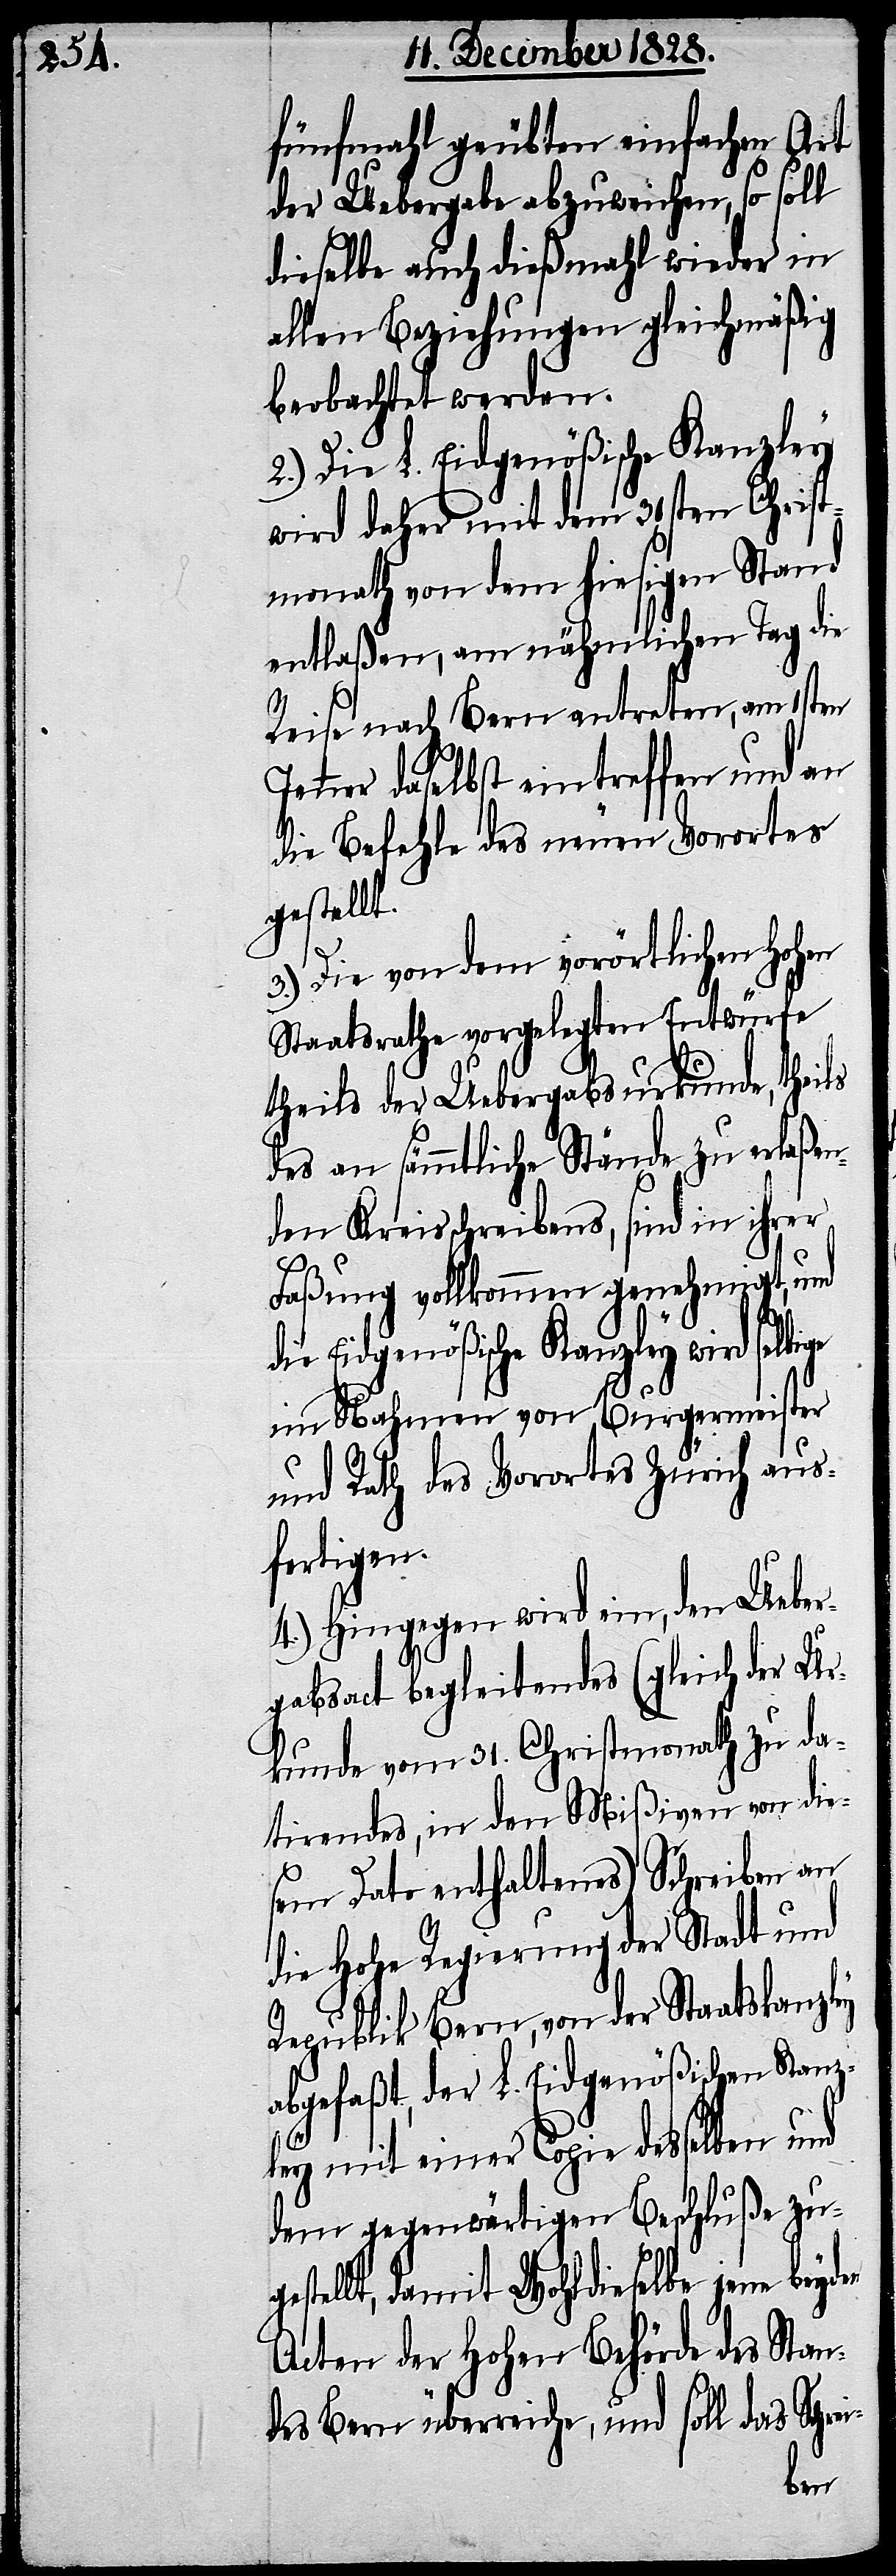
fünfmahl geübten einfachen Art
der Uebergabe abzuweichen, so soll
dieselbe auch dießmahl wieder in
allen Beziehungen gleichmäßig
beobachtet werden.
2.) Die L. Eidgenößische Kanzley
wird daher mit dem 31sten Christ¬
monath von dem hiesigen Stand
entlaßen, am nähmlichen Tag die
Reise nach Bern antreten, am 1sten
Jenner daselbst eintreffen und an
die Befehle des neuen Vorortes
gestellt.
3.) Die von dem vorörtlichen hohen
Staatsrathe vorgelegten Entwürfe
theils der Uebergabsurkunde, theils
des an sämmtliche Stände zu erlaßen¬
den Kreisschreibens, sind in ihrer
Faßung vollkommen genehmigt, und
die Eidgenößische Kanzley wird selbige
im Nahmen von Burgermeister
und Rath des Vorortes Zürich aus¬
fertigen.
4.) Hingegen wird ein, den Ueber¬
gabsact begleitendes (gleich der Ur¬
kunde vom 31. Christmonath zu da¬
tirendes, in den Mißiven von die¬
sem Dato enthaltenes) Schreiben an
die Hohe Regierung der Stadt und
Republik Bern, von der Staatskanzley
abgefaßt, der L. Eidgenößischen Kanzl¬
ey mit einer Copie desselben und
dem gegenwärtigen Beschluße jene
Acten der hohen Behörde des Stan¬
des Bern überreiche, und soll das Schr¬
ei-